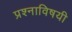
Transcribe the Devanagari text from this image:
प्रश्नाविषयी